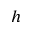
h